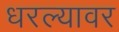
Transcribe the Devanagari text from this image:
धरल्यावर